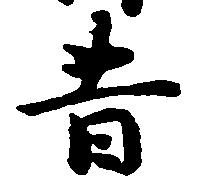
昔